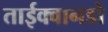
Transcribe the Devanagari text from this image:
ताईक्वानडो